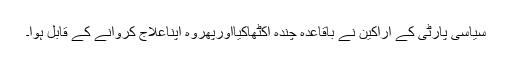
سیاسی پارٹی کے اراکین نے باقاعدہ چندہ اکٹھاکیااورپھروہ اپناعلاج کروانے کے قابل ہوا۔